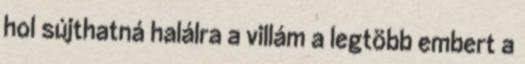
hol sújthatná halálra a villám a legtöbb embert a